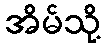
အိမ်သို့